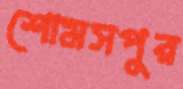
শোমসপুর